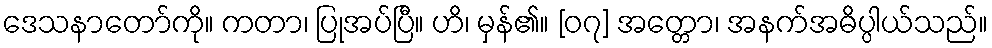
ဒေသနာတော်ကို။ ကတာ၊ ပြုအပ်ပြီ။ ဟိ၊ မှန်၏။ [၀၇] အတ္တော၊ အနက်အဓိပ္ပါယ်သည်။